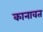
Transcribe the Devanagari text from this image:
कानावत